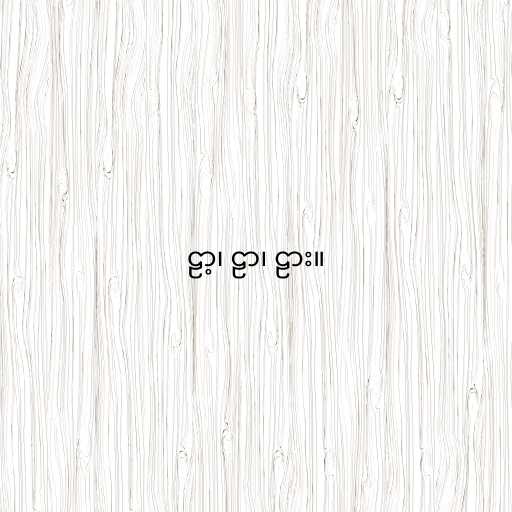
ဠာ့၊ ဠာ၊ ဠား။